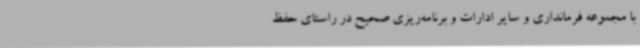
با مجموعه فرمانداری و سایر ادارات و برنامه‌ریزی صحیح در راستای حفظ